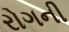
રોગની